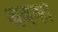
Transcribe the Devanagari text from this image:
अबेकों